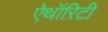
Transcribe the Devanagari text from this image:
ऐथॉऱिटी